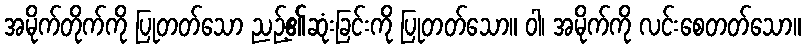
အမိုက်တိုက်ကို ပြုတတ်သော ညဉ့်၏ဆုံးခြင်းကို ပြုတတ်သော။ ဝါ၊ အမိုက်ကို လင်းစေတတ်သော။